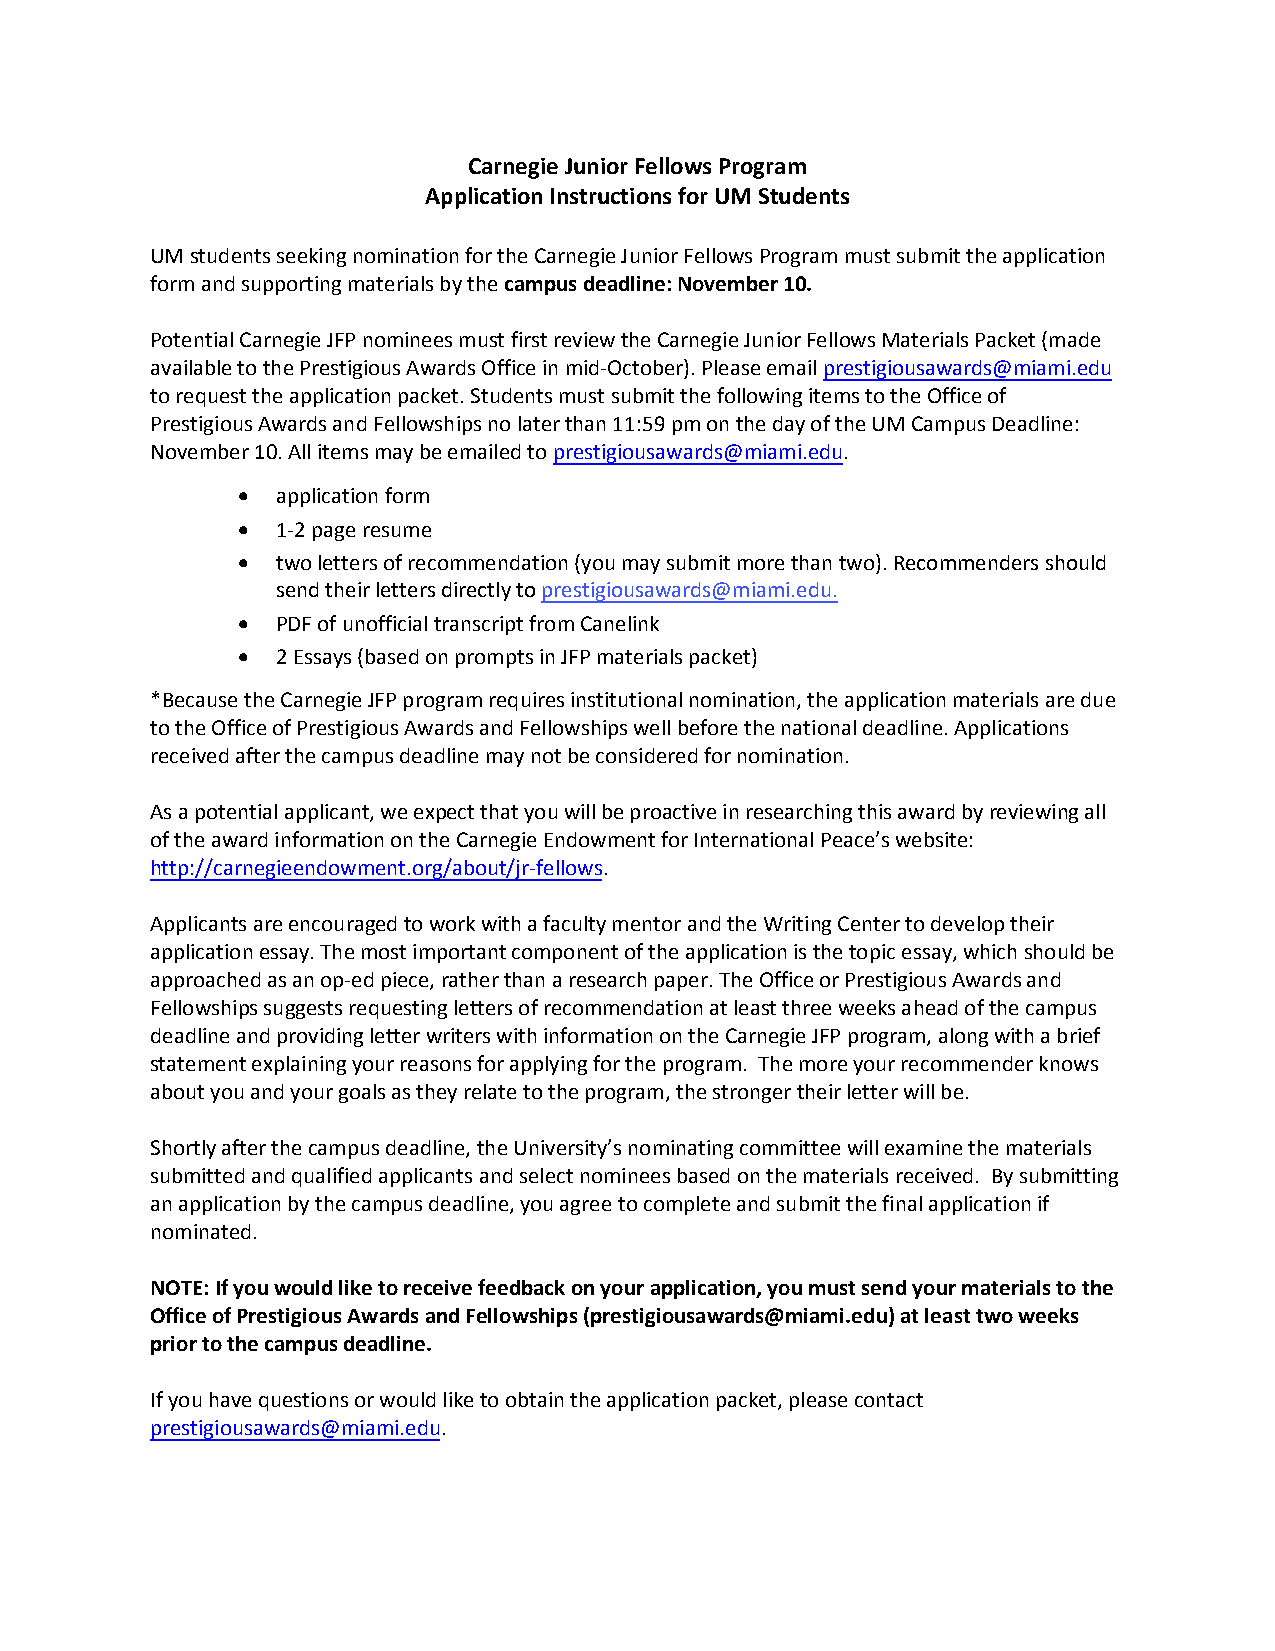
Carnegie Junior Fellows Program
 Application Instructions for UM Students
 UM students seeking nomination for the Carnegie Junior Fellows Program must submit the application
 form and supporting materials by the campus deadline: November 10.
 Potential Carnegie JFP nominees must first review the Carnegie Junior Fellows Materials Packet (made
 available to the Prestigious Awards Office in mid-October). Please email prestigiousawards@miami.edu
 to request the application packet. Students must submit the following items to the Office of
 Prestigious Awards and Fellowships no later than 11:59 pm on the day of the UM Campus Deadline:
 November 10. All items may be emailed to prestigiousawards@miami.edu.
 • application form
 • 1-2 page resume
 • two letters of recommendation (you may submit more than two). Recommenders should
 send their letters directly to prestigiousawards@miami.edu.
 • PDF of unofficial transcript from Canelink
 • 2 Essays (based on prompts in JFP materials packet)
 *Because the Carnegie JFP program requires institutional nomination, the application materials are due
 to the Office of Prestigious Awards and Fellowships well before the national deadline. Applications
 received after the campus deadline may not be considered for nomination.
 As a potential applicant, we expect that you will be proactive in researching this award by reviewing all
 of the award information on the Carnegie Endowment for International Peace’s website:
 http://carnegieendowment.org/about/jr-fellows.
 Applicants are encouraged to work with a faculty mentor and the Writing Center to develop their
 application essay. The most important component of the application is the topic essay, which should be
 approached as an op-ed piece, rather than a research paper. The Office or Prestigious Awards and
 Fellowships suggests requesting letters of recommendation at least three weeks ahead of the campus
 deadline and providing letter writers with information on the Carnegie JFP program, along with a brief
 statement explaining your reasons for applying for the program. The more your recommender knows
 about you and your goals as they relate to the program, the stronger their letter will be.
 Shortly after the campus deadline, the University’s nominating committee will examine the materials
 submitted and qualified applicants and select nominees based on the materials received. By submitting
 an application by the campus deadline, you agree to complete and submit the final application if
 nominated.
 NOTE: If you would like to receive feedback on your application, you must send your materials to the
 Office of Prestigious Awards and Fellowships (prestigiousawards@miami.edu) at least two weeks
 prior to the campus deadline.
 If you have questions or would like to obtain the application packet, please contact
 prestigiousawards@miami.edu.